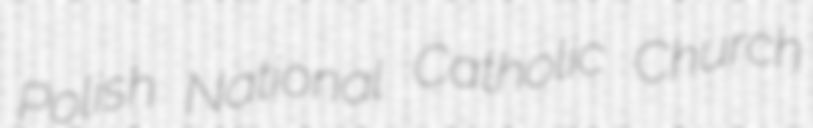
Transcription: Polish National Catholic Church